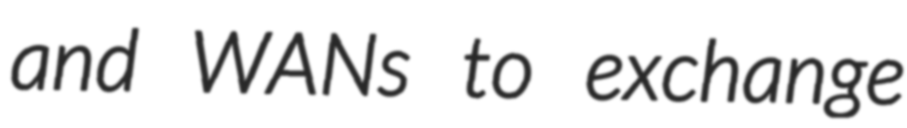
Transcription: and WANs to exchange